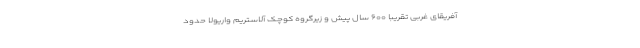
آفریقای غربی تقریباً ۶۰۰ سال پیش و زیرگروه کوچک آلاستریم واریولا حدود